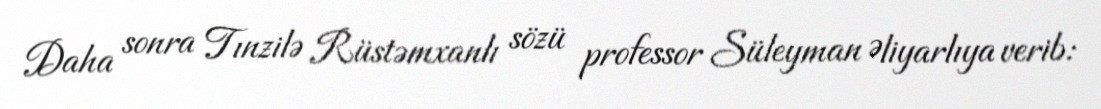
Daha sonra Tınzilə Rüstəmxanlı sözü professor Süleyman Əliyarlıya verib: